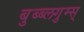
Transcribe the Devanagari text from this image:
बुब्ब्लगुम्स्